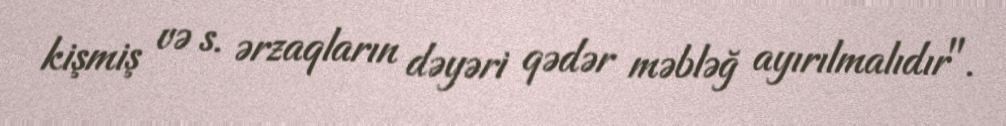
kişmiş və s. ərzaqların dəyəri qədər məbləğ ayırılmalıdır".